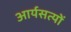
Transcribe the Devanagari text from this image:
आर्यसत्यों